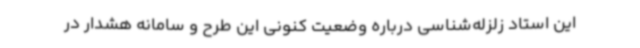
این استاد زلزله‌شناسی درباره وضعیت کنونی این طرح و سامانه هشدار در